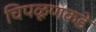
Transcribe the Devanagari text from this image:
चिपळूणकडे